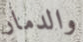
والدمار